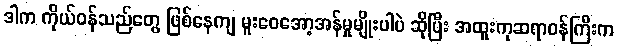
ဒါက ကိုယ်ဝန်သည်တွေ ဖြစ်နေကျ မူးဝေအော့အန်မှုမျိုးပါပဲ ဆိုပြီး အထူးကုဆရာဝန်ကြီးက